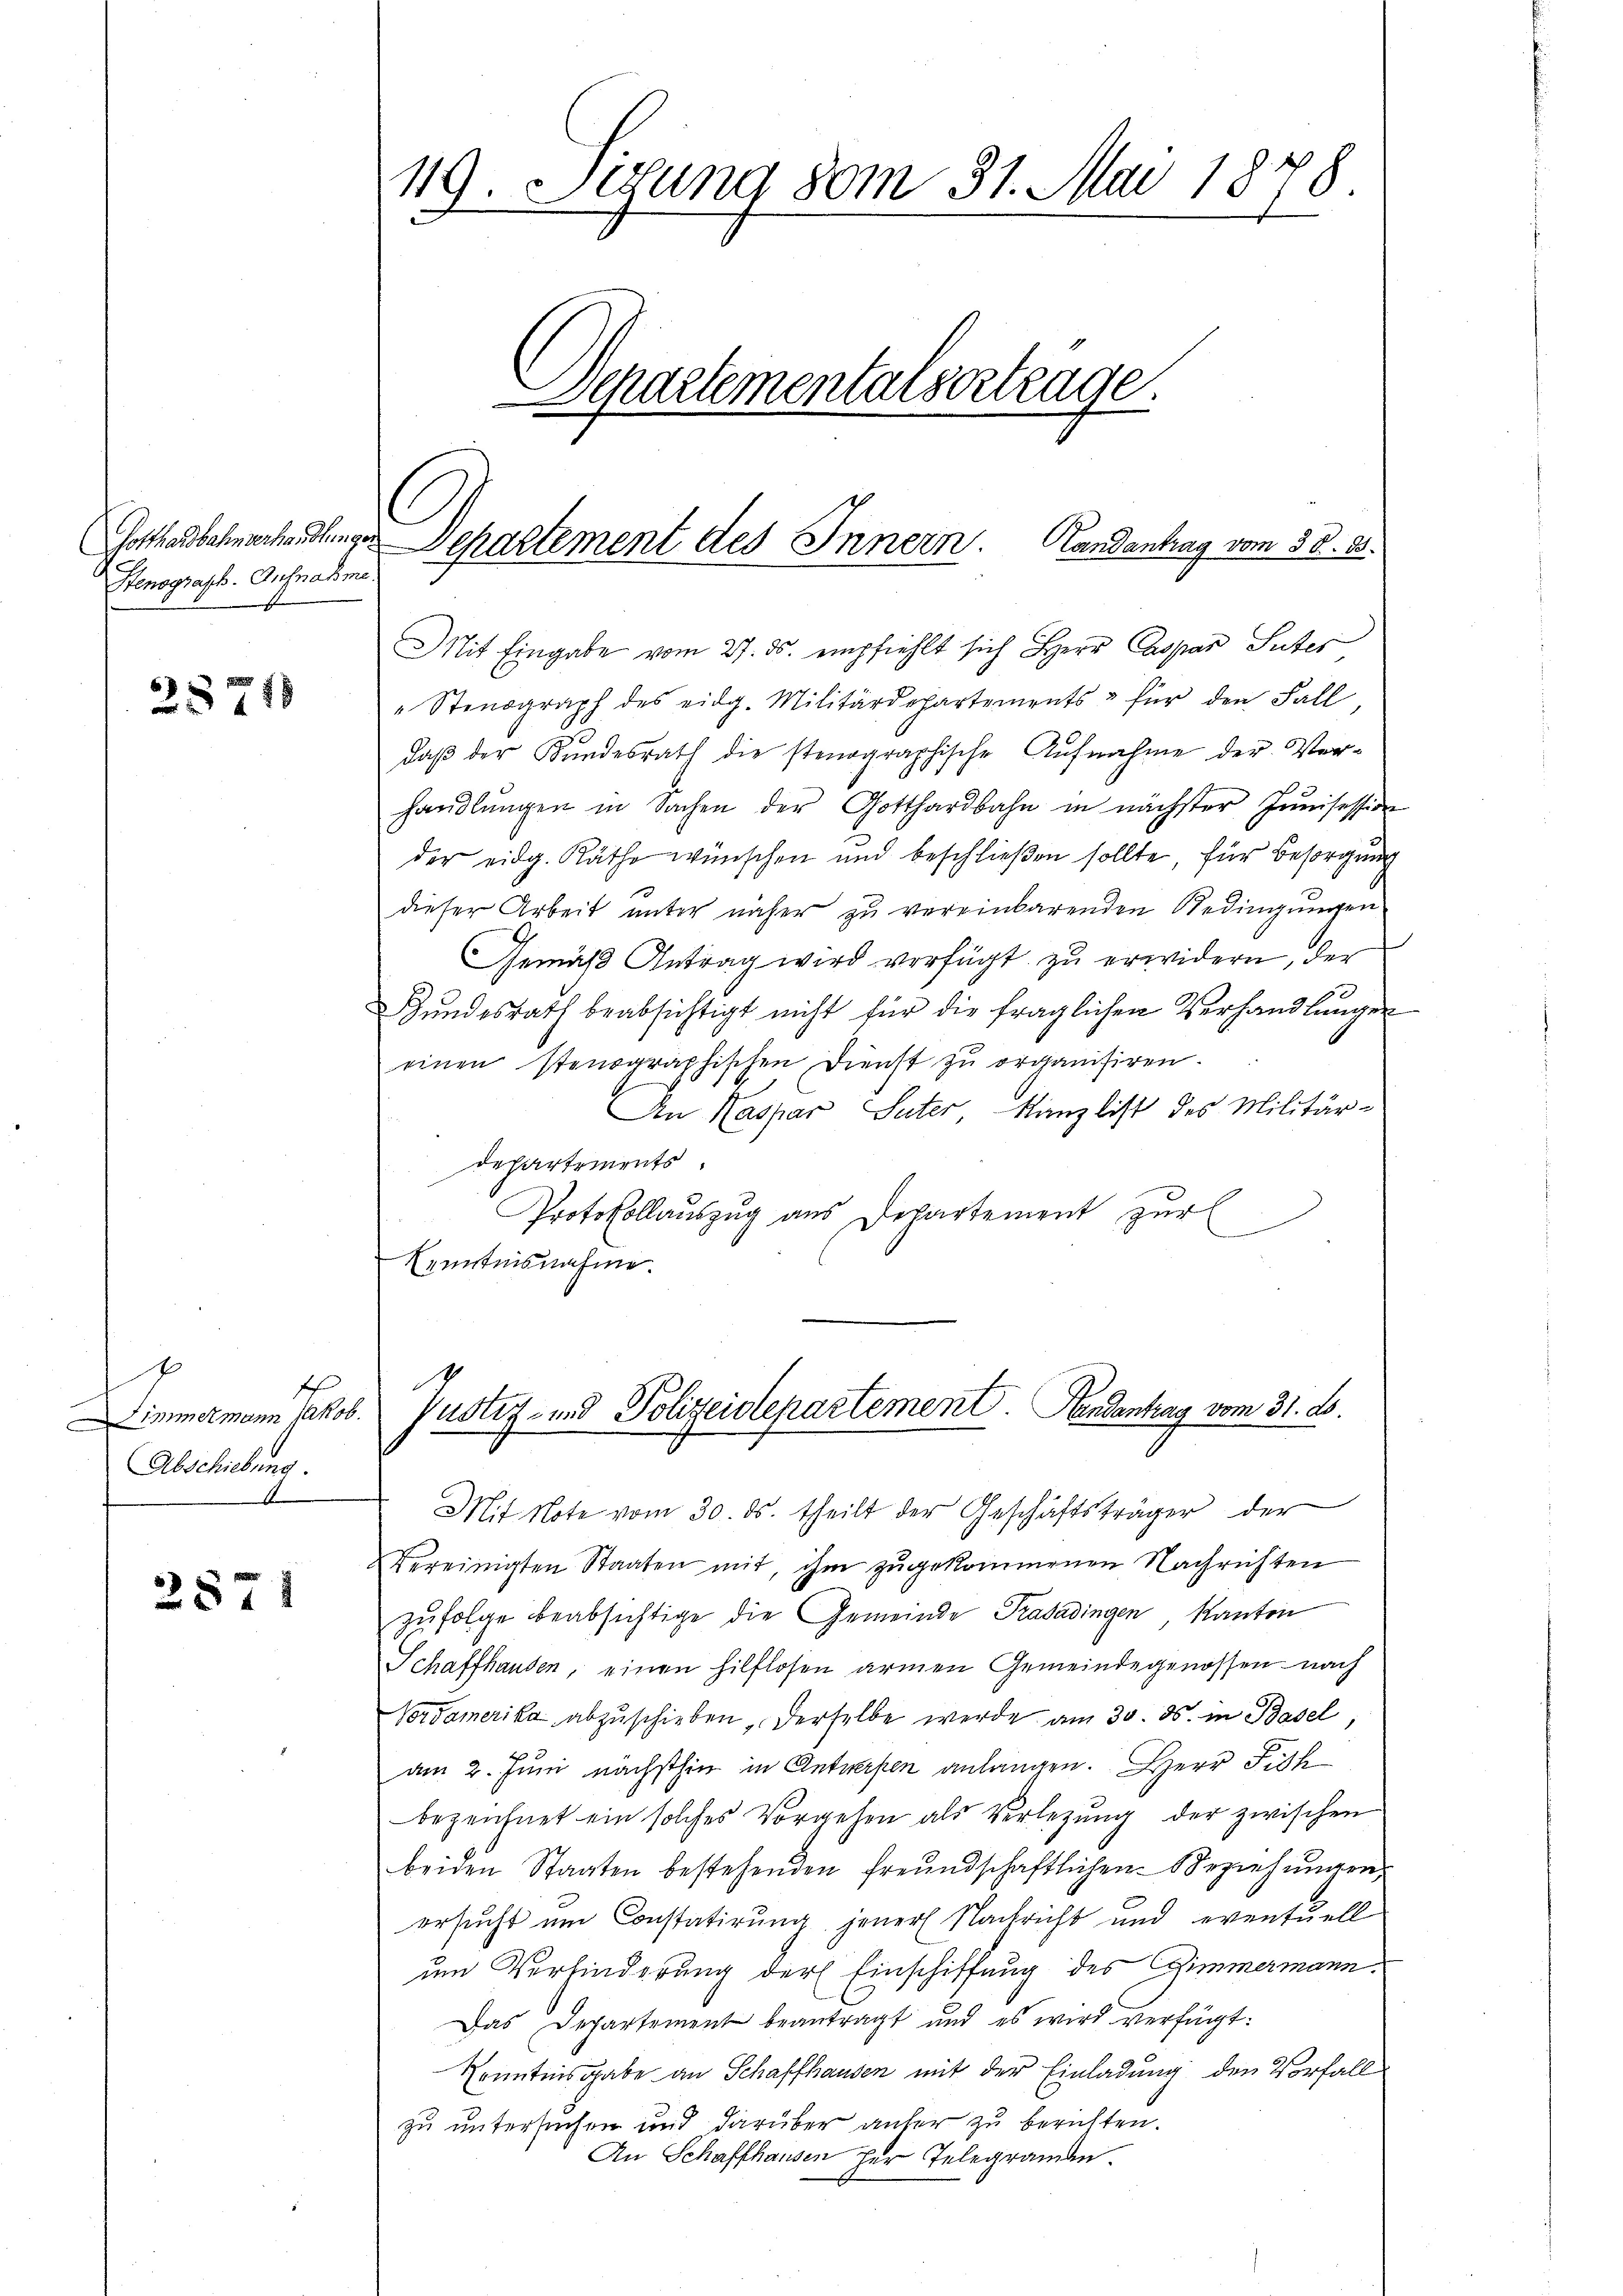
Stenograph. Aufnahme.

28718

E
immermann Jakob.
Abschiebung.
b

2871

119. Segung 80m 31. Mai 1878.
Departementalsertrage.

Mit Eingabe vom 27. ds. empfiehlt sich Herr Caspar Suter
"Stenograph des eidg. Militärdepartements & für den Fall,
daβ der Kundesrath die stenographische Aŭfnahme der Ver-
handlŭngen in Sachen der Gotthardbahn in nächster Jŭnisession
der eidg. Räthe wünschen und beschließen sollte, für Besorgung
dieser Arbeit unter näher zŭ vereinbarenden Bedingŭngen
Gemäß Antrag wird verfügt zu erwidern, der
Hundesrath beabsichtigt nicht für die fraglichen Verhandlungen
einen stenographischen Dienst zŭ organisiren.
An Kaspar Suter, Kanzlist des Militär-
departements
Protokollauszug aus Departement zur
Kenntnisnahme.
Justiz- und Polizeidepartement. Handantrag vom 31. A.
Mit Note vom 30. ds. theilt der Geschäftsträger der
vereinigten Staaten mit, ihm zŭgekommenen Nachrichten
zufolge beabsichtige die Gemeinde Trasadingen, kanton
Schaffhausen, einen hilflosen armen Gemeinde genossen nach
Vordamerika abzuschieben derselbe werde am 30. ds. in Basel
am 2. Juni nächsthin in Antwerpen anlangen. Herr Fisk
bezeichnet ein solches Vorgehen als Verletzung der zwischen
beiden Staaten bestehenden freundschaftlichen Beziehungen,
ersucht um Constatirung jener Nachricht und eventuell
um Verbinderung der Einschiffung des Zimmermann.
Das Departement beantragt und es wird verfügt:
Kenntnisgabe an Schaffhausen mit der Einladung den Vorfall
zu untersuchen und darüber anfer zu berichten.
An Schaffhausen her Telegrammen.

Gotthardbahnverhandlung Departement des Innern. Landantrag vom 30. 33.

e